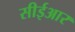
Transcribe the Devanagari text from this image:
सीईआर